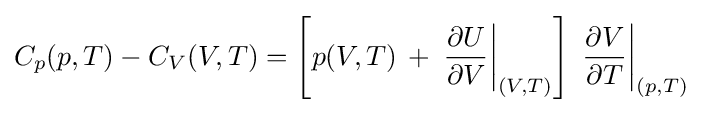
C_{p}(p,T)-C_{V}(V,T)=\left[p(V,T)\,+\,\left.{\frac {\partial U}{\partial V}}\right|_{(V,T)}\right]\,\left.{\frac {\partial V}{\partial T}}\right|_{(p,T)}